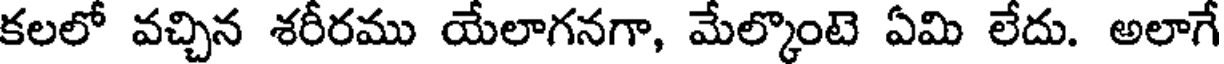
కలలో వచ్చిన శరీరము యేలాగనగా, మేల్కొంటె ఏమి లేదు. అలాగే